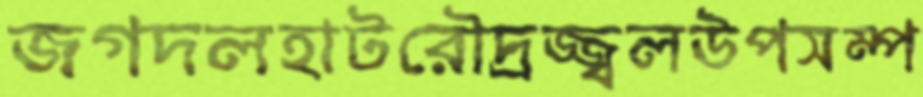
জগদলহাটরৌদ্রজ্জ্বলউপসম্প